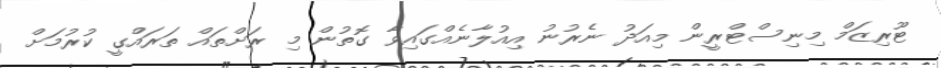
ޓޫރިޒަމް މިނިސްޓްރީން މިއަދު ނެރުނު އިއުލާނެއްގައިވާ ގޮތުން މި ރަށްތައް ތަރައްގީ ކުުރުމަށް